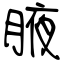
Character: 腋